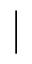
|